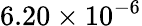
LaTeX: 6.20\times 10^{-6}